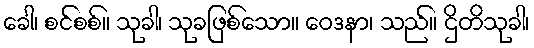
ခေါ၊ စင်စစ်။ သုခါ၊ သုခဖြစ်သော။ ဝေဒနာ၊ သည်။ ဌိတိသုခါ၊